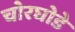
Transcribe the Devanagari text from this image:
चोरघोडे